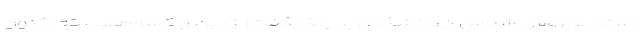
استاد ویروس شناس از دانشگاه ریدینگ گفت: از بین واکسن‌هایی که اکنون